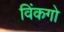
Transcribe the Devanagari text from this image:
विंकगो